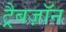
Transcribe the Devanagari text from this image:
ट्रैबज़ॉन